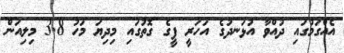
އެއްގަމުގައި ދުއްވާ އުޅަނދުގެ އަހަރީ ފީގެ ގޮތުގައި މިދިޔަ މަހު 3.8 މިލިއަން